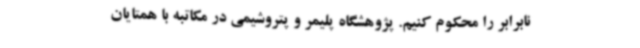
نابرابر را محکوم کنیم. پژوهشگاه پلیمر و پتروشیمی در مکاتبه با همتایان